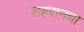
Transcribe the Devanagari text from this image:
शहरानचा